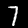
Digit: 7